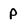
Character: P